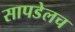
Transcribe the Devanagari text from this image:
सापडेलच